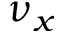
\nu _ { x }